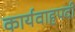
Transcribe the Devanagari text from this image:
कार्यवाहपदी